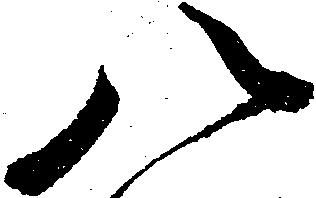
八